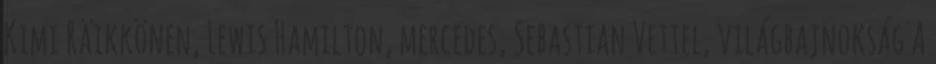
Kimi Räikkönen, Lewis Hamilton, mercedes, Sebastian Vettel, világbajnokság A